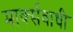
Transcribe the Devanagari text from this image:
मार्क्सवाधी